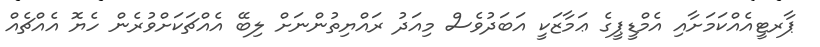
ޕާރޓީއެއްކަމަށާއި އެމްޑީޕީގެ ޢަމާޒަކީ އަބަދުވެސް މިއަދު ރައްޔިތުންނަށް ލިބޭ އެއްޗަކަށްވުރެން ހެޔޮ އެއްޗެއް